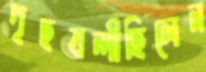
গৃহবন্দীছিলেন